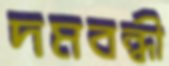
দমবন্ধী